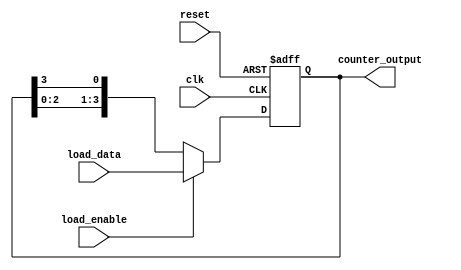
module LoadableRingCounter #(
    parameter N = 4  // Number of bits in the counter
)(
    input wire clk,                // Clock signal
    input wire reset,              // Asynchronous reset signal
    input wire load_enable,        // Load enable signal
    input wire [N-1:0] load_data,  // Data to load into the counter
    output reg [N-1:0] counter_output // Current state of the counter
);

    // Internal signal to hold the next state
    reg [N-1:0] next_state;

    // Always block for synchronous operations
    always @(posedge clk or posedge reset) begin
        if (reset) begin
            counter_output <= {N{1'b0}}; // Reset all bits to 0
        end else if (load_enable) begin
            counter_output <= load_data; // Load new data
        end else begin
            // Shift the counter in a ring manner
            next_state = {counter_output[N-2:0], counter_output[N-1]};
            counter_output <= next_state;
        end
    end

    // Initial state (optional, for simulation purposes)
    initial begin
        counter_output = {N{1'b0}};
    end

endmodule